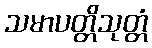
သမာပတ္တိသုတ္တံ